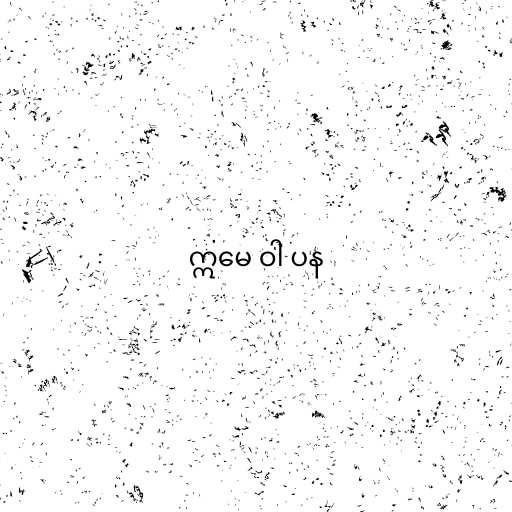
ဣမေ ဝါ ပန